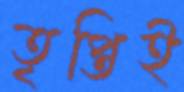
তৃপ্তিই